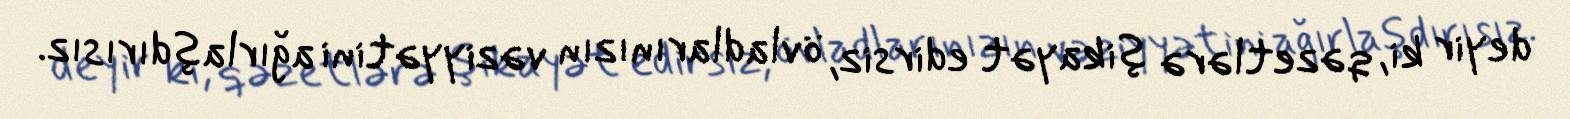
deyir ki, qəzetlərə şikayət edirsiz, övladlarınızın vəziyyətini ağırlaşdırısız.